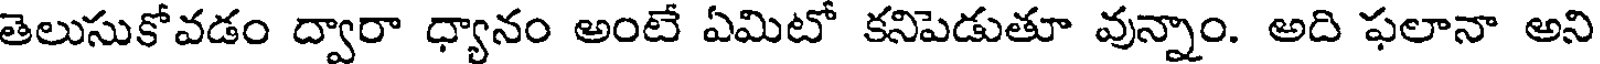
తెలుసుకోవడం ద్వారా ధ్యానం అంటే ఏమిటో కనిపెడుతూ వున్నాం. అది ఫలానా అని